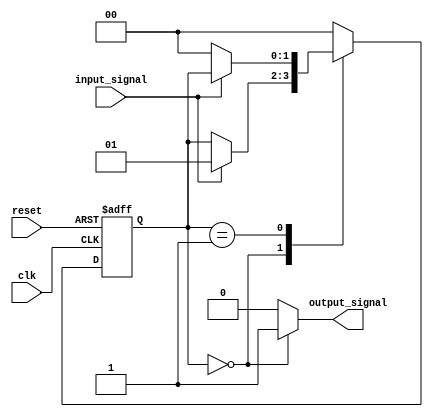
module fsm (
  input wire clk,
  input wire reset,
  input wire input_signal,
  output reg output_signal
);

parameter STATE_A = 2'b00;
parameter STATE_B = 2'b01;

reg [1:0] state_reg, next_state;

always @(posedge clk or posedge reset)
begin
  if (reset)
    state_reg <= STATE_A;
  else
    state_reg <= next_state;
end

always @*
begin
  next_state = state_reg;
  case (state_reg)
    STATE_A: begin
      if (input_signal)
        next_state = STATE_B;
    end
    STATE_B: begin
      if (!input_signal)
        next_state = STATE_A;
    end
    default: next_state = STATE_A;
  endcase
end

always @*
begin
  if (state_reg == STATE_A)
    output_signal = 1;
  else
    output_signal = 0;
end

endmodule